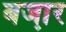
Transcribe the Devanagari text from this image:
बजा़र